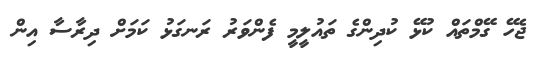
ޖެހޭ ގޭމްތައް ކުޅޭ ކުދިންގެ ތައުލީމީ ފެންވަރު ރަނގަޅު ކަމަށް ދިރާސާ އިން